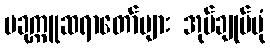
ပခုက္ကူဆရာတော်များ အုပ်ချုပ်ပုံ